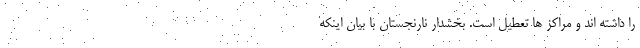
را داشته اند و مراکز ها تعطیل است. بخشدار نارنجستان با بیان اینکه